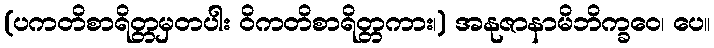
(ပကတိစာရိတ္တမှတပါး ဝိကတိစာရိတ္တကား၊) အနုဇာနာမိဘိက္ခဝေ၊ ပေ။